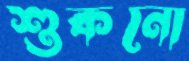
শুকনো